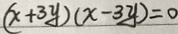
( x + 3 y ) ( x - 3 y ) = 0